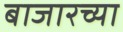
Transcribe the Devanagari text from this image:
बाजारच्या